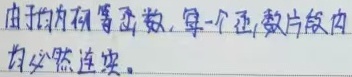
由于初等函数，每一个正数片段内均必然连续。